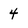
Character: 4